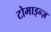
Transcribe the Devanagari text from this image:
टोमाइन्ज़